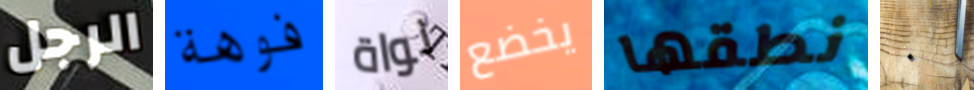
الرجل فوهة نواة يخضع نطقها ٠